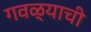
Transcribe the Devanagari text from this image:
गवळ्याची